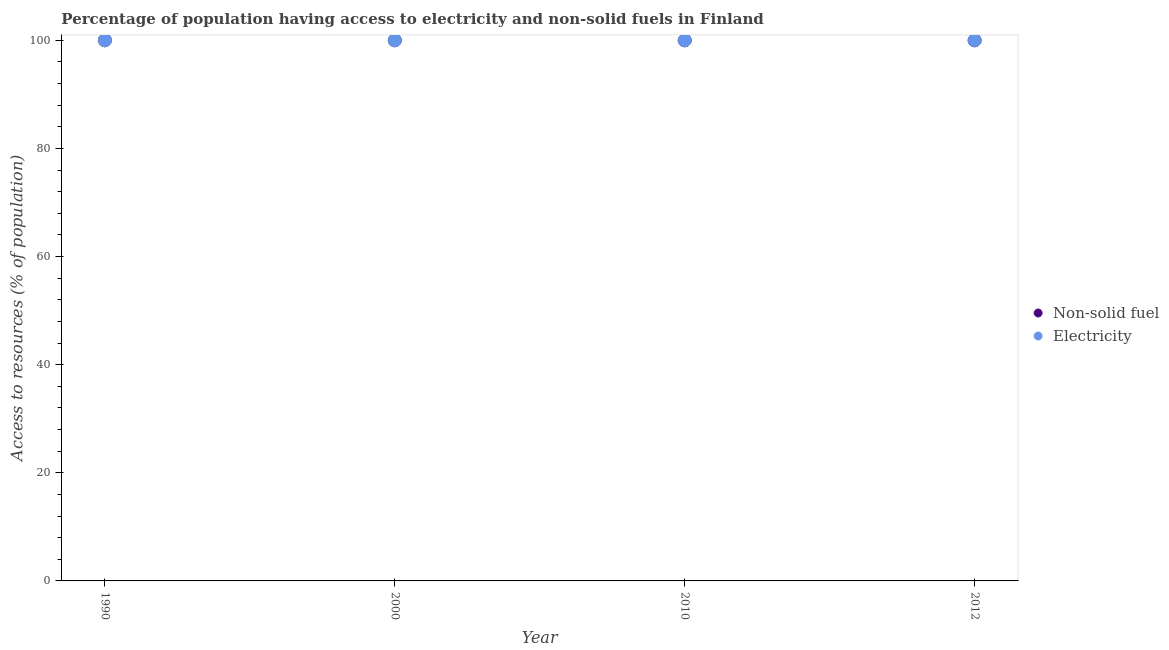
| Year | Non-solid fuel | Electricity |
 | --- | --- | --- |
 | 1990 | 100 | 100 |
 | 2000 | 100 | 100 |
 | 2010 | 100 | 100 |
 | 2012 | 100 | 100 |